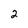
Character: 2